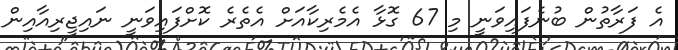
އެ ފަރާތުން ބުނެފައިވަނީ މި 67 ގޮޅާ އެމެރިކާއަށް އެތެރެ ކޮށްފައިވަނީ ނައިޖީރިއާއިން